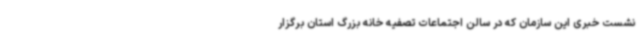
نشست خبری این سازمان که در سالن اجتماعات تصفیه خانه بزرگ استان برگزار